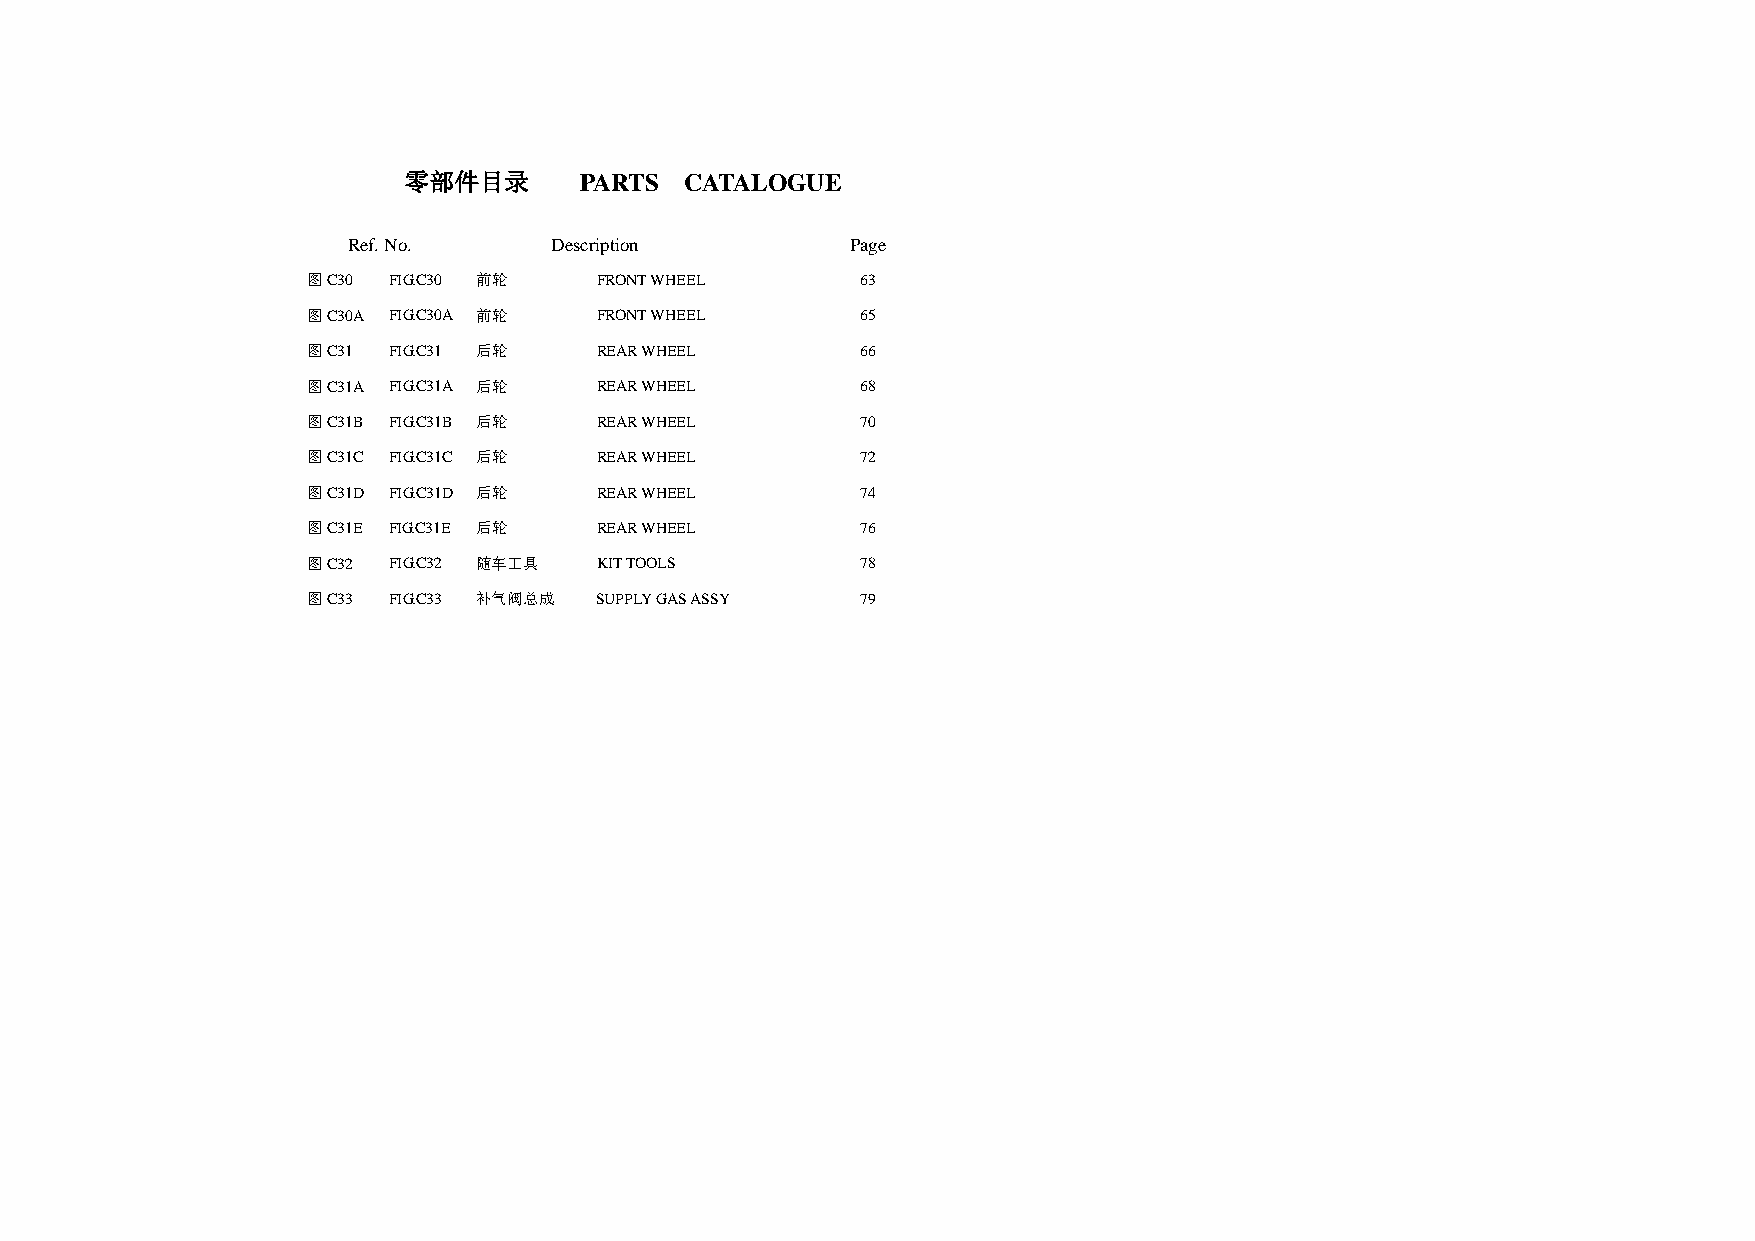
零部件目录      PARTS  CATALOGUE
 Ref. No.     Description         Page
 图C30  FIG.C30 前轮   FRONT WHEEL       63
 图C30A FIG.C30A 前轮  FRONT WHEEL       65
 图C31  FIG.C31 后轮   REAR WHEEL        66
 图C31A FIG.C31A 后轮  REAR WHEEL        68
 图C31B FIG.C31B 后轮  REAR WHEEL        70
 图C31C FIG.C31C 后轮  REAR WHEEL        72
 图C31D FIG.C31D 后轮  REAR WHEEL        74
 图C31E FIG.C31E 后轮  REAR WHEEL        76
 图C32  FIG.C32 随车工具 KIT TOOLS         78
 图C33  FIG.C33 补气阀总成 SUPPLY GAS ASSY  79